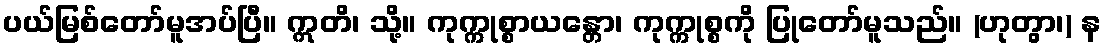
ပယ်မြစ်တော်မူအပ်ပြီ။ ဣတိ၊ သို့။ ကုက္ကုစ္စာယန္တော၊ ကုက္ကုစ္စကို ပြုတော်မူသည်။ (ဟုတွာ၊) န